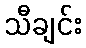
သီချင်း